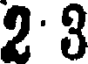
2:3